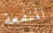
المنفعة